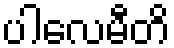
ပါလေမီတိ